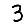
Digit: 3